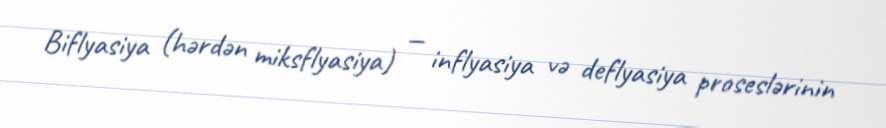
Biflyasiya (hərdən miksflyasiya) — inflyasiya və deflyasiya proseslərinin